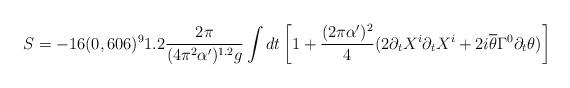
LaTeX: \begin{align*}S=-16(0,606)^91.2\frac{2\pi}{(4\pi^2\alpha')^{1.2}g}\int dt\left[1+\frac{(2\pi\alpha')^2}{4}(2\partial_tX^i\partial_tX^i+2i\overline{\theta}\Gamma^0\partial_t\theta )\right]\end{align*}